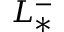
L _ { * } ^ { - }